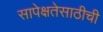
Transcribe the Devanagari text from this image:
सापेक्षतेसाठीची